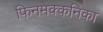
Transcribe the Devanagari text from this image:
फिनमेक्कनिका